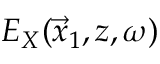
E _ { X } ( \vec { x } _ { 1 } , z , \omega )